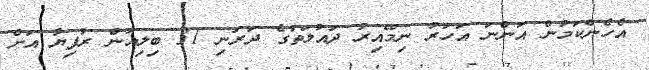
އެހެންކަމުން އަންނަ އަހަރު ނިމޭއިރު ދައުލަތުގެ ދަރަނި 31 ބިލިއަން ރުފިޔާ އަށް